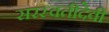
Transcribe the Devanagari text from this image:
सरस्वतीदेवी